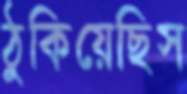
ঠুকিয়েছিস